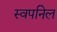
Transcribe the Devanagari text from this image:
स्वपनिल